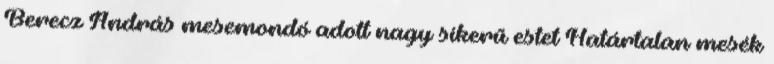
Berecz András mesemondó adott nagy sikerű estet Határtalan mesék